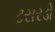
ઢસરડો